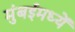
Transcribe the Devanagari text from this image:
मुंबईमध्यें